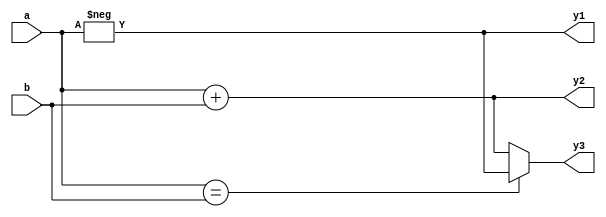
// This program was cloned from: https://github.com/steveicarus/ivtest
// License: GNU General Public License v2.0

// Taken from GitHub issue 11 : Syntax error on operator attributes.

module test(input [3:0] a, b, output [3:0] y1, y2, y3);

assign y1 = - (* foo = "bar" *) a;
assign y2 = a + (* foobar = 42 *) b;
assign y3 = a == b ? (* foobar *) y1 : y2;

endmodule